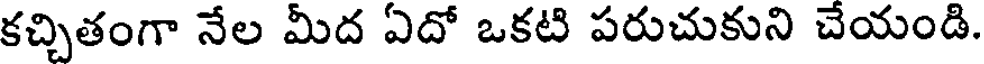
కచ్చితంగా నేల మీద ఏదో ఒకటి పరుచుకుని చేయండి.